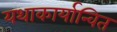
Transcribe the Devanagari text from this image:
यथाकार्यान्वित